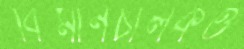
বিমানচালকও